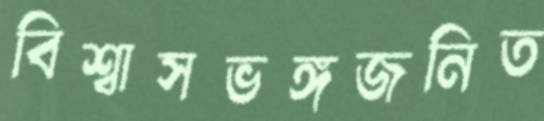
বিশ্বাসভঙ্গজনিত